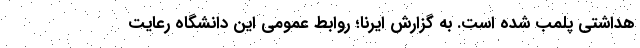
هداشتی پلمب شده است. به گزارش ایرنا؛ روابط عمومی این دانشگاه رعایت